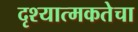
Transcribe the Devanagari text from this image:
दृश्यात्मकतेचा